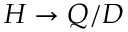
H \rightarrow Q / D